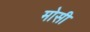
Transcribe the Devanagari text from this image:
मोसी